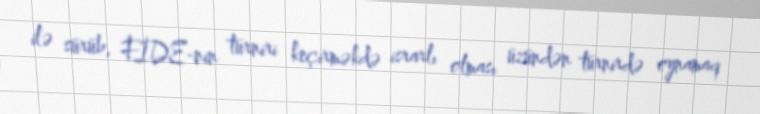
ilə sürüb, FİDE-nin turniri keçirməkdə israrlı olması üzündən turnirdə oynamaq